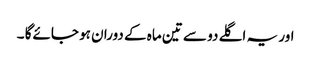
اور یہ اگلے دو سے تین ماہ کے دوران ہو جائےگا ۔